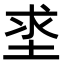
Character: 𡌊